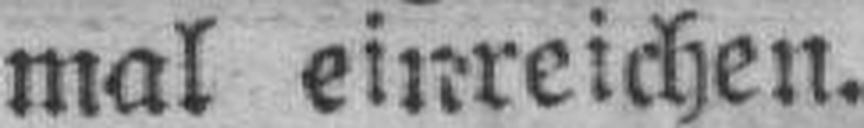
mal einreichen.